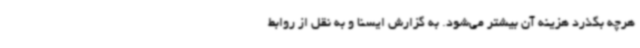
هرچه بگذرد هزینه آن بیشتر می‌شود. به گزارش ایسنا و به نقل از روابط